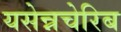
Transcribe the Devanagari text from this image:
यसेन्नचेरिब